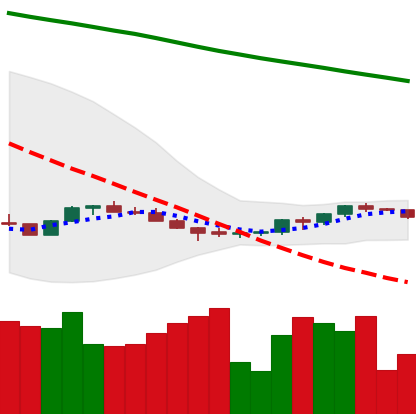
Ticker: ETH-USD
Chart end date: 2022-07-10
Forward return: 5.54%
Label: up_5_7